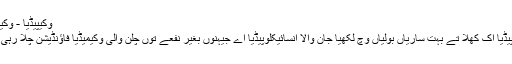
وکیپیڈیا - وکیپیڈیا
وکیپیڈیا اک کھلا تے بہت ساریاں بولیاں وچ لکھیا جان والا انسائیکلوپیڈیا اے جیہنوں بغیر نفعے توں چلن والی وکیمیڈیا فاؤنڈیشن چلا رہی اے۔